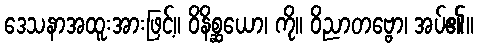
ဒေသနာအထူးအားဖြင့်။ ဝိနိစ္ဆယော၊ ကို။ ဝိညာတဗ္ဗော၊ အပ်၏။